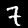
Digit: 7